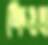
ক্রিওল